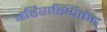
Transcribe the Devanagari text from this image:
बहिरास्थिकंद